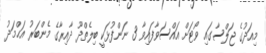
މިއަދުގެ ޖަލްސާގައި ވޯޓަށް އައްސަވާފައިވާ 3 ނަންފުޅަކީ ބިލެތްދޫ ދާއިރާގެ މެންބަރު އަޙްމަދު